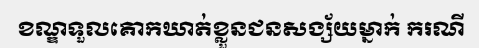
ខណ្ឌទួលគោកឃាត់ខ្លួនជនសង្ស័យម្នាក់ ករណី